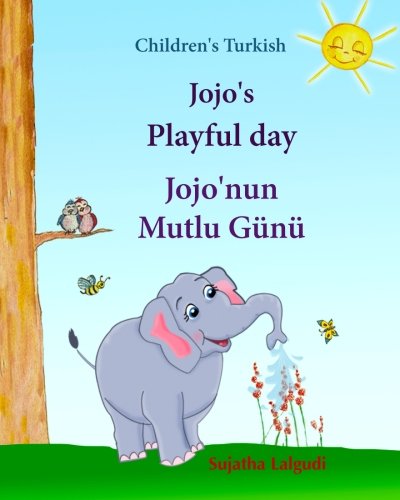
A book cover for Children's Turkish: Jojo's Playful Day. Jojo'nun Mutlu Gunu: Children's English-Turkish picture book (Bilingual Edition) (Turkish Edition), Turkish ... books for children: Jojo series) (Volume 1); Sujatha Lalgudi; Children's Books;